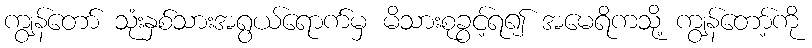
ကျွန်တော် သုံးနှစ်သားအရွယ်ရောက်မှ မိသားစုခွင့်ရ၍ အမေရိကသို့ ကျွန်တော့်ကို